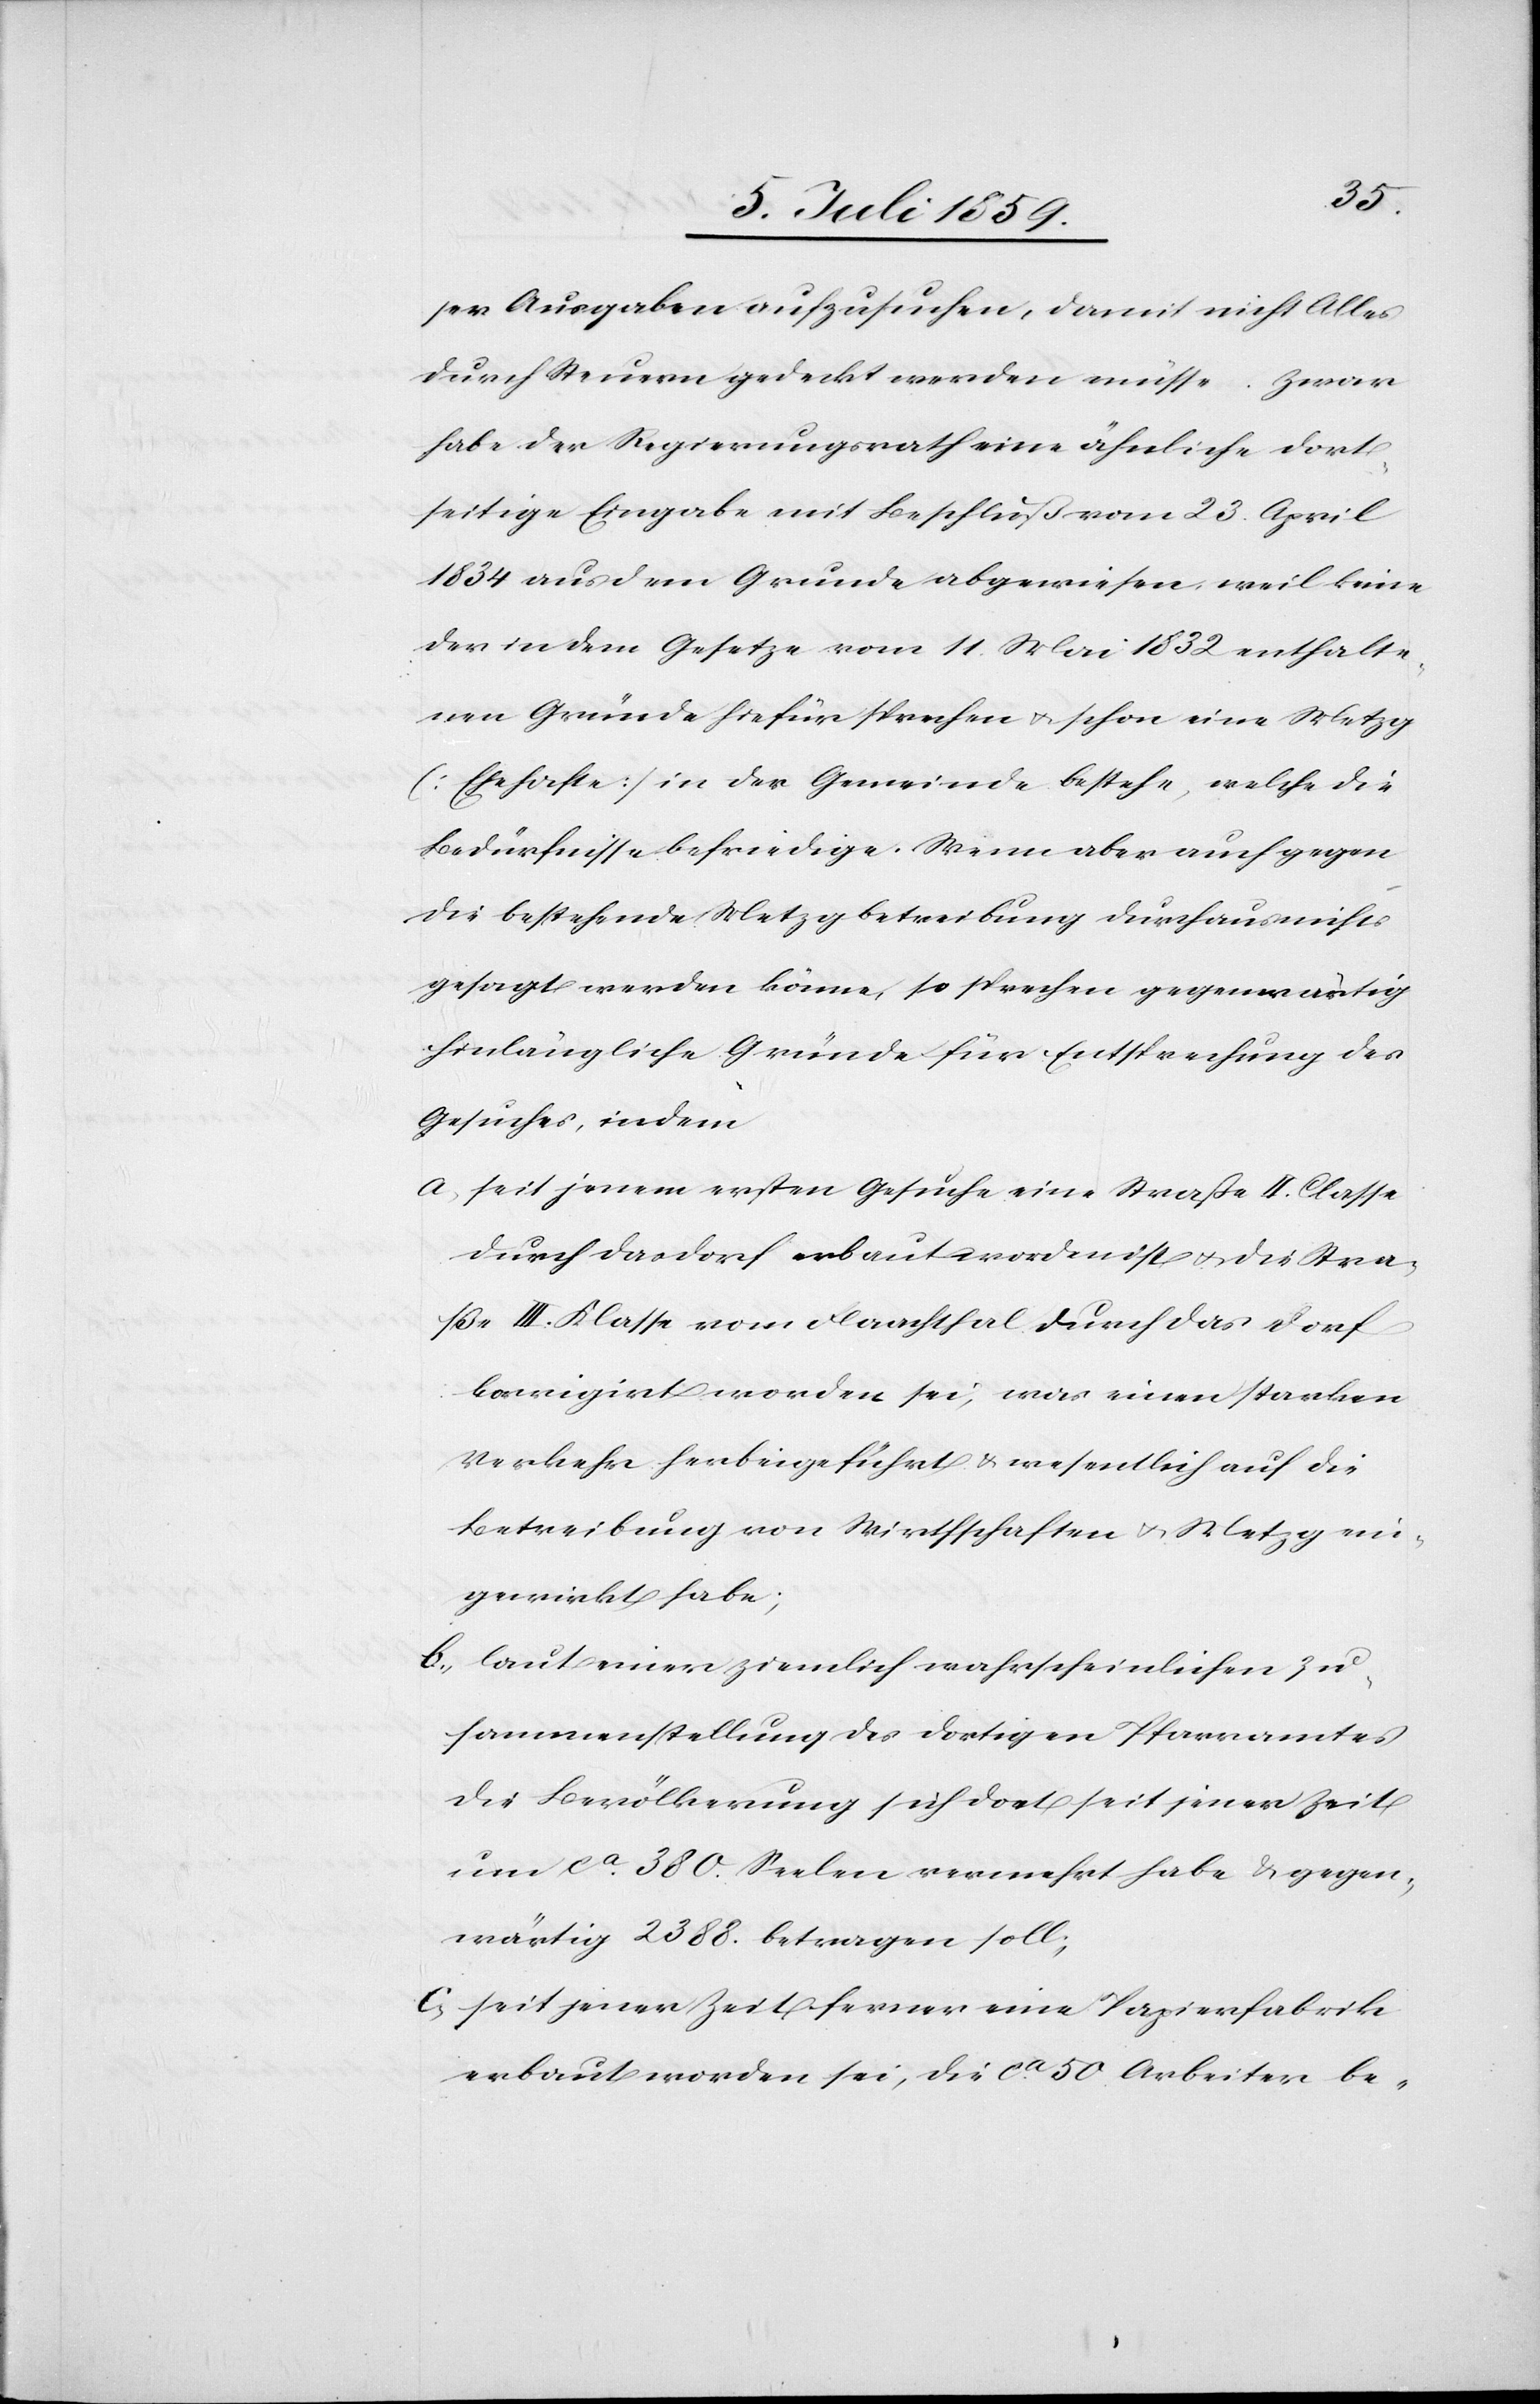
ser Ausgaben aufzusuchen, damit nicht Alles
durch Steuern gedeckt werden müsse. Zwar
habe der Regierungsrath eine ähnliche dort¬
seitige Eingabe mit Beschluß vom 23. April
1843 aus dem Grunde abgewiesen, weil keine
der in dem Gesetze vom 11. Mai 1832 enthalte¬
nen Gründe hiefür sprechen u. schon eine Metzg
[Ehehafte] in der Gemeinde bestehe, welche die
Bedürfnisse befriedige. Wenn aber auch gegen
die bestehende Metzgbetreibung durchaus nichts
gesagt werden könne, so sprechen gegenwärtig
hinlängliche Gründe für Entsprechung des
Gesuches, indem
a.) seit jenem ersten Gesuche eine Straße II. Classe
durch das Dorf erbaut worden ist u. die Stra¬
ße III. Klasse vom Flaachthal durch das Dorf
korrigirt worden sei, was einen starken
Verkehr herbeigeführt u. wesentlich auf die
Betreibung von Wirthschaften u. Metzg ein¬
gewirkt habe;
b.) laut einer ziemlich wahrscheinlichen Zu¬
sammenstellung des dortigen Pfarramtes
die Bevölkerung sich dort seit jener Zeit
um ca. 380. Seelen vermehrt habe u. gegen¬
wärtig 2388. betragen soll;
c.) seit jener Zeit ferner eine Papierfabrik
erbaut worden sei, die ca. 50 Arbeiter be-